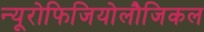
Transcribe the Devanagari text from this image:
न्यूरोफिजियोलौजिकल